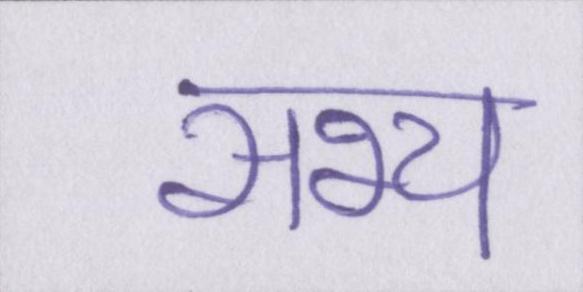
सभ्य